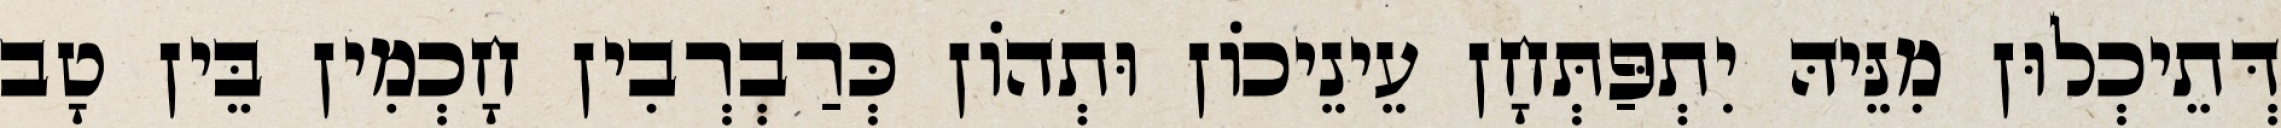
דְּתֵיכְלוּן מִנֵּיהּ יִתְפַּתְּחָן עֵינֵיכוֹן וּתְהוֹן כְּרַבְרְבִין חָכְמִין בֵּין טָב